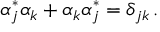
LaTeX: \alpha _ { j } ^ { \ast } \alpha _ { k } + \alpha _ { k } \alpha _ { j } ^ { \ast } = \delta _ { j k } \, .